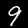
Label: 9